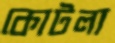
কোটলা